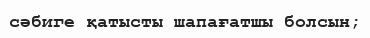
сәбиге қатысты шапағатшы болсын;